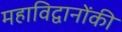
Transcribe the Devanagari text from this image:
महाविद्वानोंकी